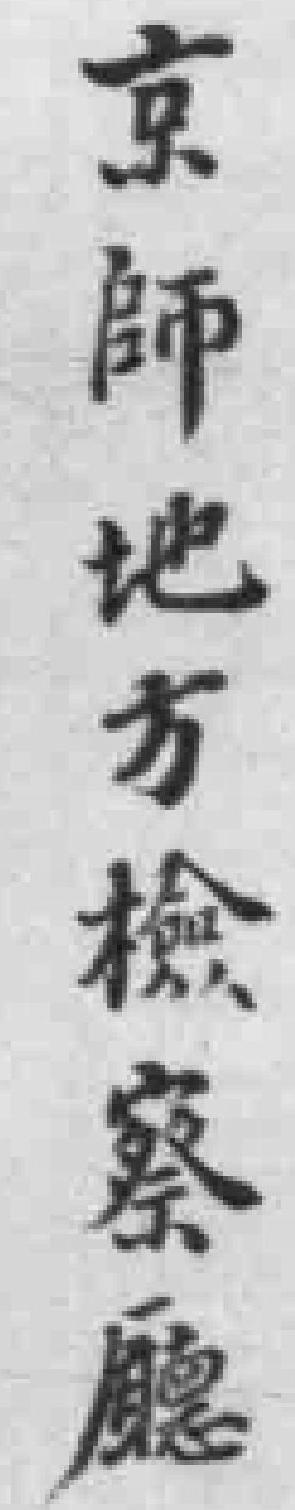
京師地方檢察廳